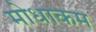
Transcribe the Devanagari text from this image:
मोधाकम